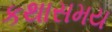
કથાસમય